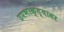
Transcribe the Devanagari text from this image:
उपभोक्त्यावर